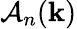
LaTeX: \mathcal{A}_{n}(\mathbf{k})